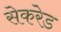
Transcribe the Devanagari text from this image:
सेकरेड